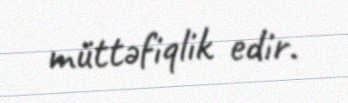
müttəfiqlik edir.